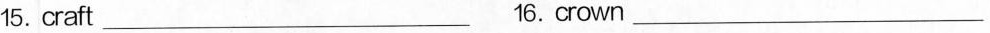
15.craft_ 16.crown _